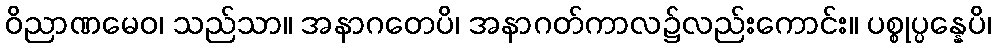
ဝိညာဏမေဝ၊ သည်သာ။ အနာဂတေပိ၊ အနာဂတ်ကာလ၌လည်းကောင်း။ ပစ္စုပ္ပန္နေပိ၊